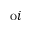
\mathrm { o } i